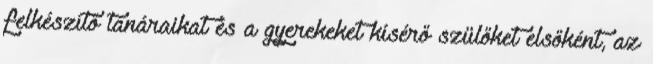
felkészítő tanáraikat és a gyerekeket kísérő szülőket elsőként, az